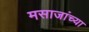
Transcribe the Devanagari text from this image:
मसाजांच्या